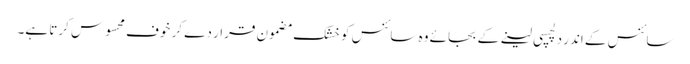
سائنس کے اندر دلچسپی لینے کے بجائے وہ سائنس کو خشک مضمون قرار دے کر خوف محسوس کرتا ہے۔